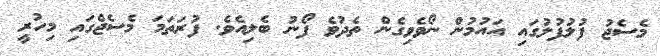
މެސެޖު ފުލުފުލުގައި އައުމުން ނޯވެވިގެން ތެދުވެ ފޯނު ބެލިއެވެ. ފުރަތަމަ މެސެޖްގައި މިހުރީ